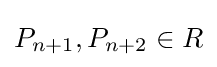
P_{n+1},P_{n+2}\in R